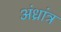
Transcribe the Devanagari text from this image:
अंध्रांत्र